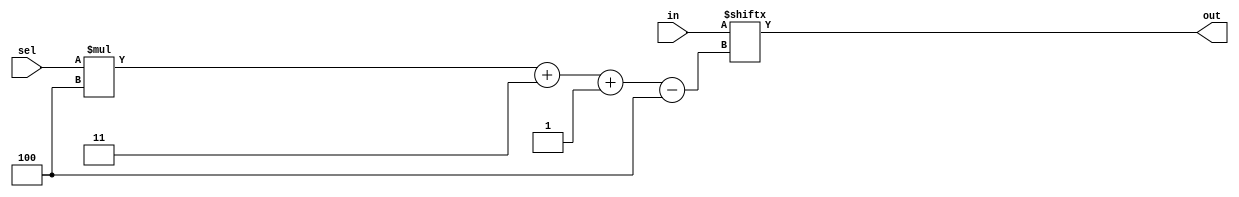
module top_module( 
    input [1023:0] in,
    input [7:0] sel,
    output [3:0] out );
  assign out = in[sel*4+3 -: 4];
  	// Alternatively, "indexed vector part select" works better, but has an unfamiliar syntax:
	// assign out = in[sel*4 +: 4];		// Select starting at index "sel*4", then select a total width of 4 bits with increasing (+:) index number.
	// assign out = in[sel*4+3 -: 4];	// Select starting at index "sel*4+3", then select a total width of 4 bits with decreasing (-:) index number.
	// Note: The width (4 in this case) must be constant.
endmodule